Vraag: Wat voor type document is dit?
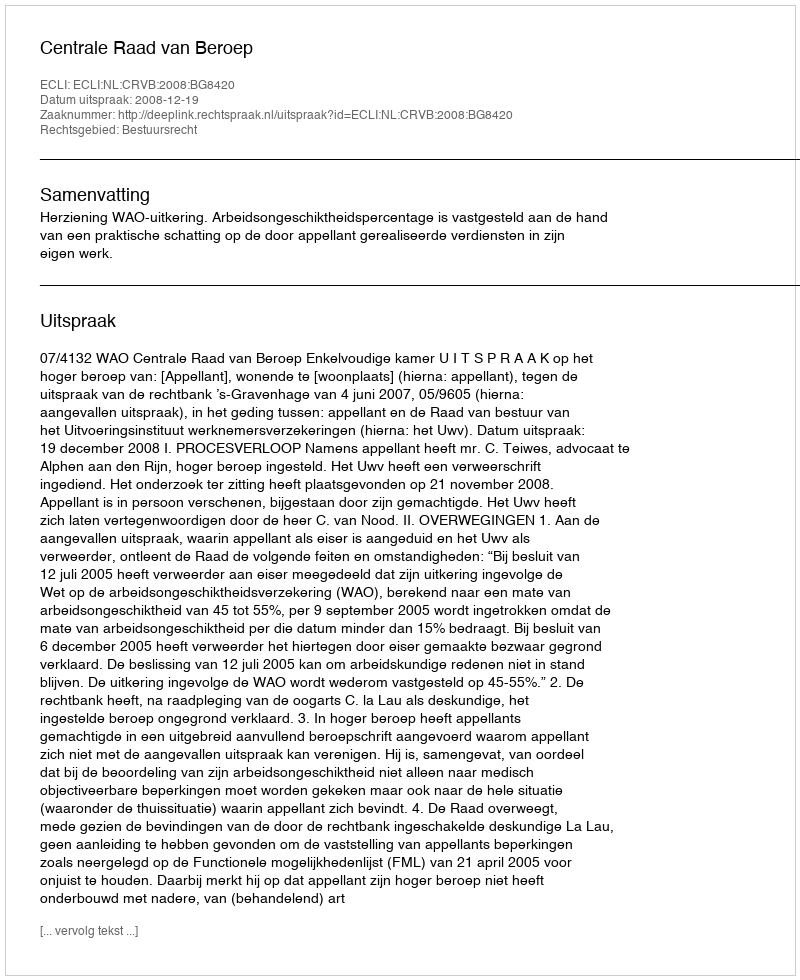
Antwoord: Uitspraak